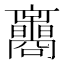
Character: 𡅟